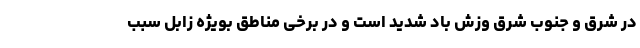
در شرق و جنوب شرق وزش باد شدید است و در برخی مناطق بویژه زابل سبب